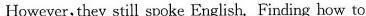
However, they still spoke English. Finding how to